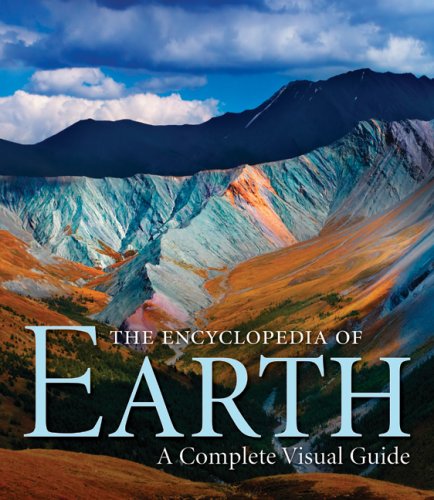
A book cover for The Encyclopedia of Earth: A Complete Visual Guide; MichÃ¦l Allaby; Science & Math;